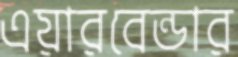
এয়ারবেন্ডার